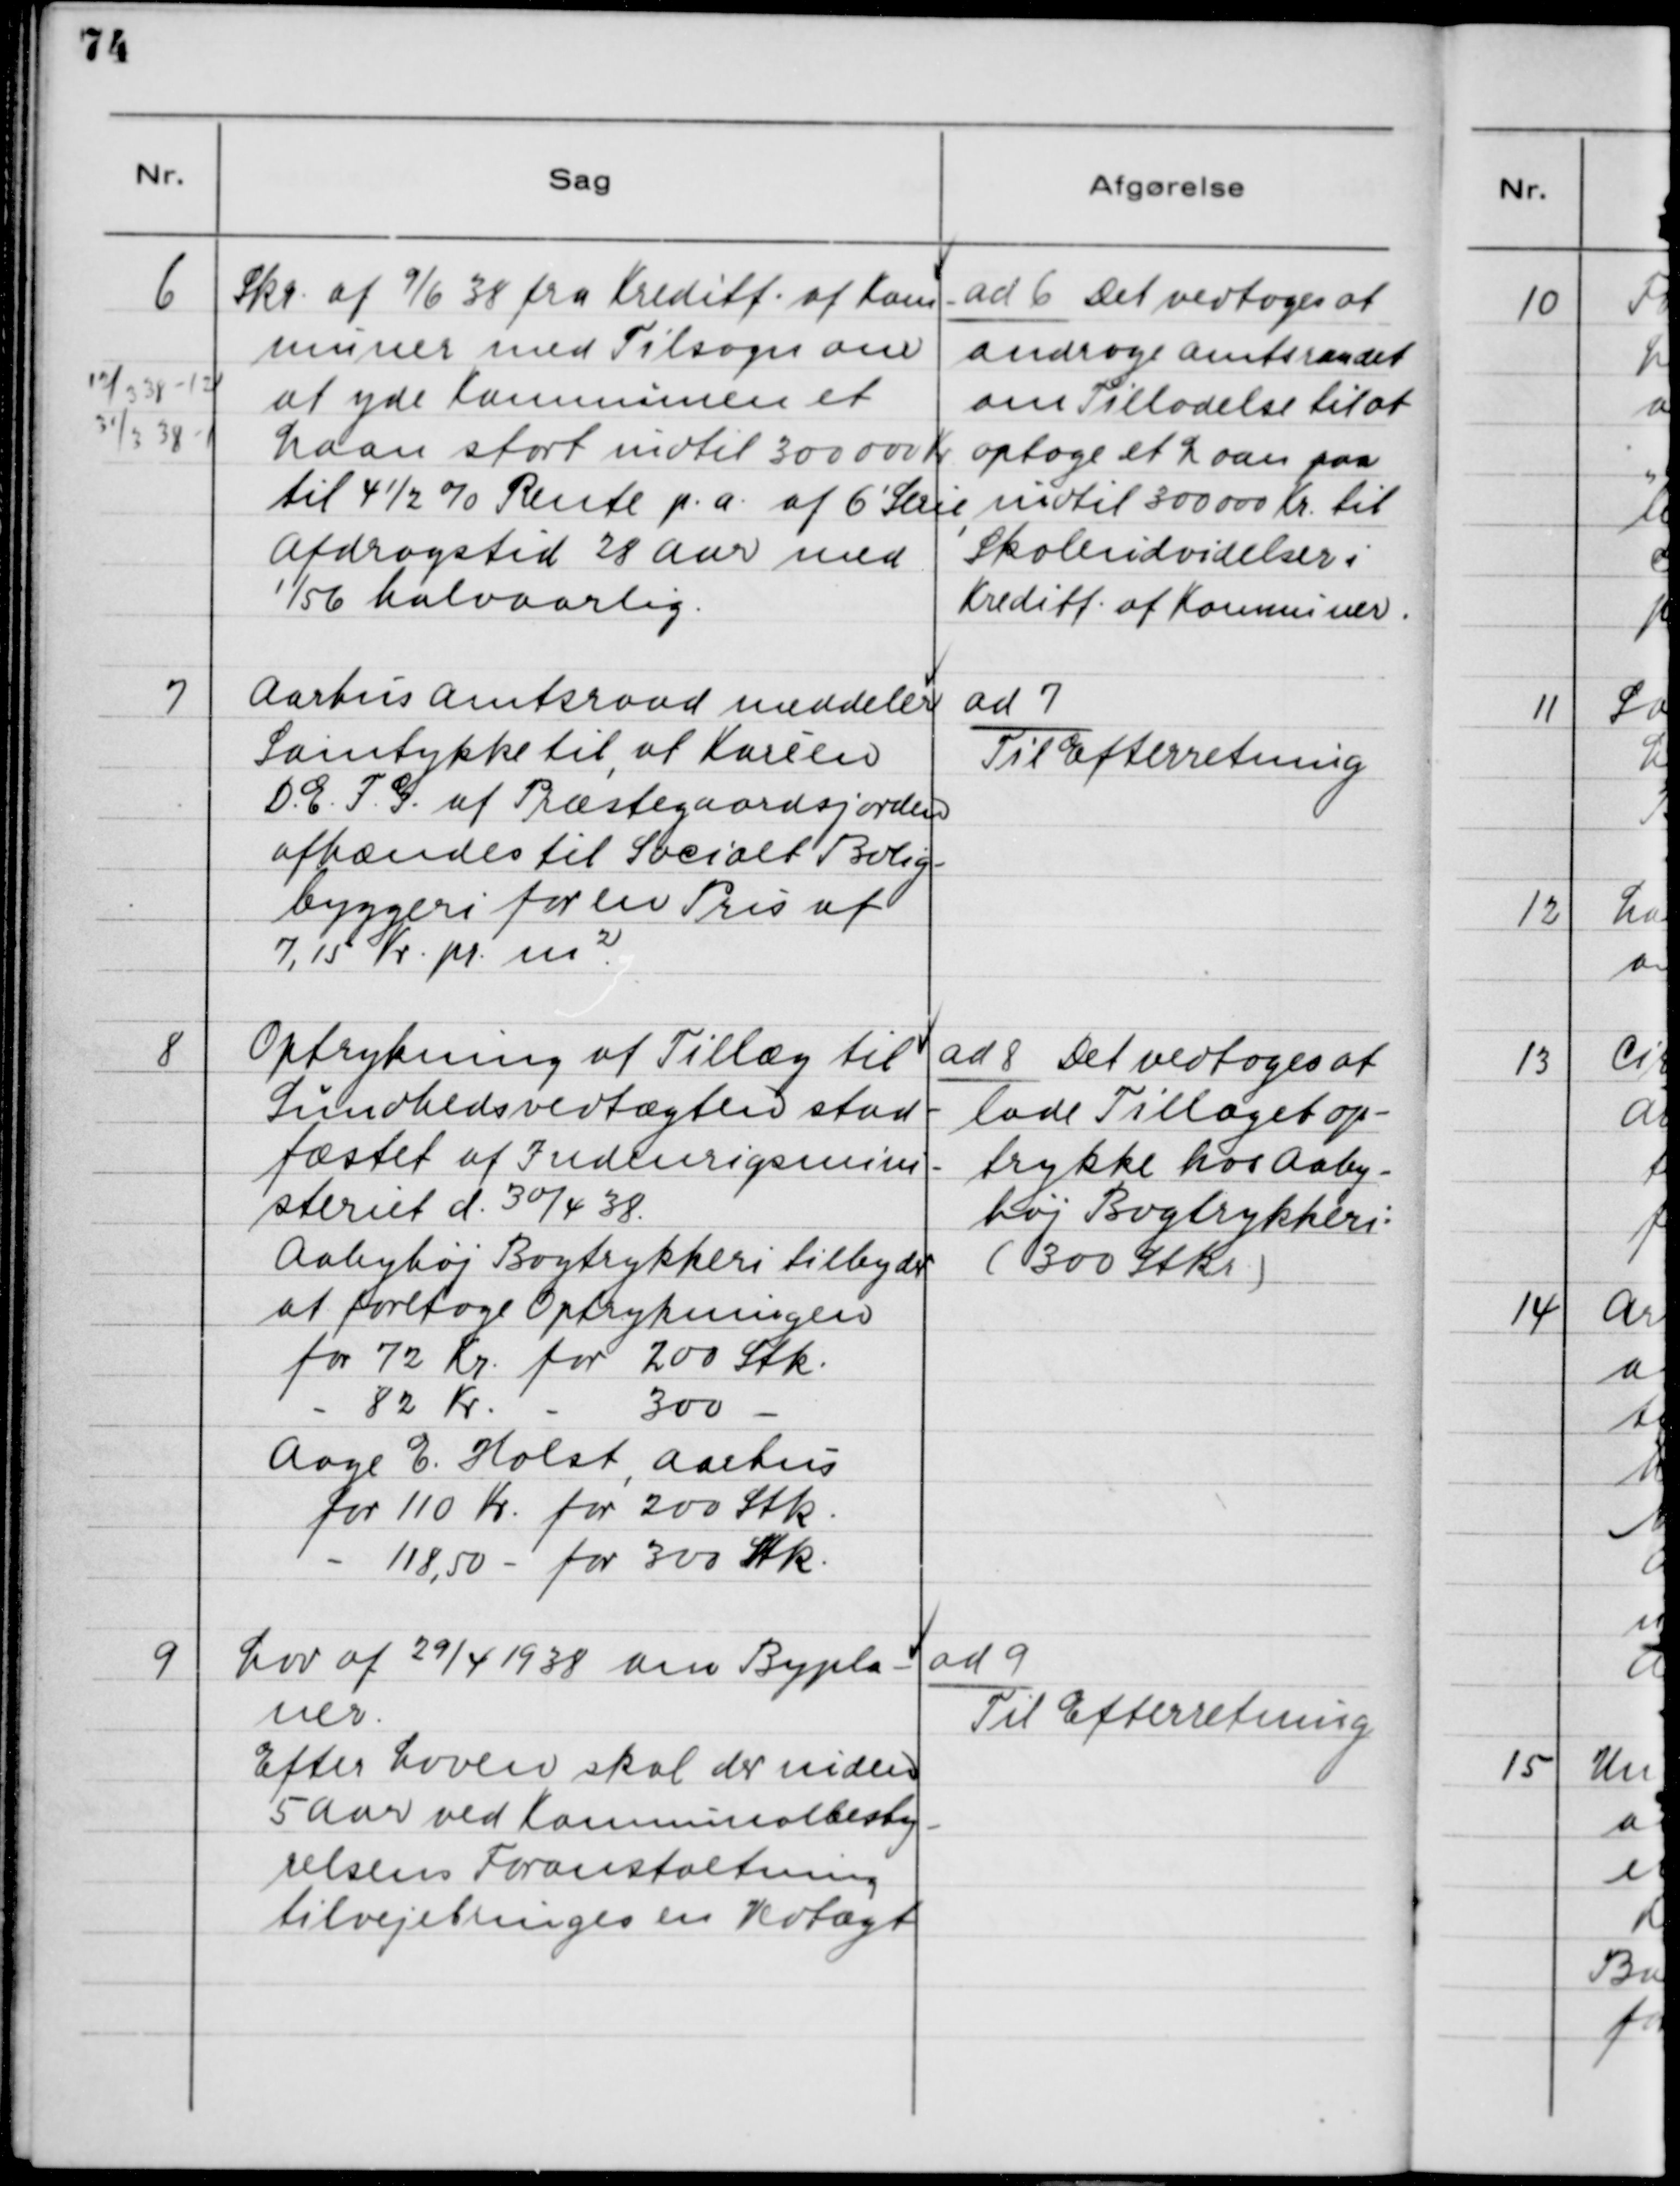
Transskription:
6. Skr. af 9/6 38 fra Kreditf. af Kom-
muner med Tilsagn om
at yde Kommunen et
Laan stort indtil 300 000 Kr.
til 4 1/2 % Rente p.A. af 6´Serie,
Afdragstid 28 Aar med
1/56 halvaarlig.

ad 6. Det vedtoges at
andrage Amtsraadet
om Tilladelse til at
optage et Laan paa
indtil 300 000 Kr. til
Skoleudvidelser i
Kreditf. af Kommuner.

7. Aarhus Amtsraad meddeler
Samtykke til, at Karéen
D. E. F. G. af Præstegaardsjorden
afhændes til Socialt Bolig-
byggeri for en Pris af
7.15 Kr. pr. m2.

ad 7.
Til Efterretning.

8. Optrykning af Tillæg til
Sundhedsvedtægten stad-
fæstet af Indenrigsmini-
steriet d. 30/4 38.
Aabyhøj Bogtrykkeri tilbyder
at foretage Optrykningen
for 72 Kr. for 200 Stk.
- 82 Kr. - 300 Stk.
Aage E. Holst, Aarhus
for 110 Kr. for 200 Stk.
- 118,50 for 300 Stk.

ad 8. Det vedtoges at
lade Tillæget op-
trykke hos Aaby-
høj Bogtrykkeri:
(300 Stkr.)

9. Lov af 29/4 1938 om Bypla-
ner.
Efter Loven skal der inden
5 Aar ved Kommunalbesty-
relsens Foranstaltning
tilvejebringes en Vedtægt.

ad 9.
Til Efterretning